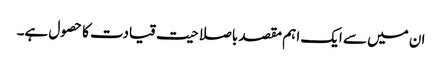
ان میں سے ایک اہم مقصد باصلاحیت قیادت کا حصول ہے۔